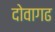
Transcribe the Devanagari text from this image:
दोवागढ